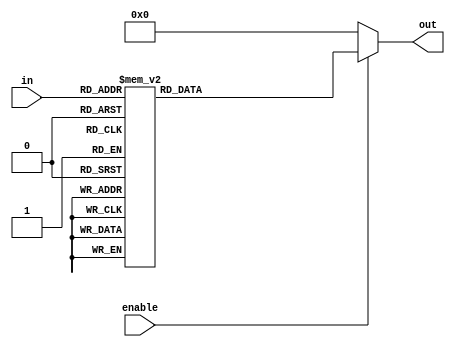
module hex_display #(
    parameter INVERT = 0
)
(
    input  wire [3:0] in,
    input  wire       enable,

    output wire [6:0] out
);

reg [6:0] enc;

always @* begin
    enc <= 7'b0000000;
    if (enable) begin
        case (in)
            4'h0: enc <= 7'b0111111;
            4'h1: enc <= 7'b0000110;
            4'h2: enc <= 7'b1011011;
            4'h3: enc <= 7'b1001111;
            4'h4: enc <= 7'b1100110;
            4'h5: enc <= 7'b1101101;
            4'h6: enc <= 7'b1111101;
            4'h7: enc <= 7'b0000111;
            4'h8: enc <= 7'b1111111;
            4'h9: enc <= 7'b1101111;
            4'ha: enc <= 7'b1110111;
            4'hb: enc <= 7'b1111100;
            4'hc: enc <= 7'b0111001;
            4'hd: enc <= 7'b1011110;
            4'he: enc <= 7'b1111001;
            4'hf: enc <= 7'b1110001;
        endcase
    end
end

assign out = INVERT ? ~enc : enc;

endmodule